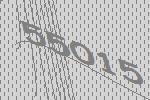
55015